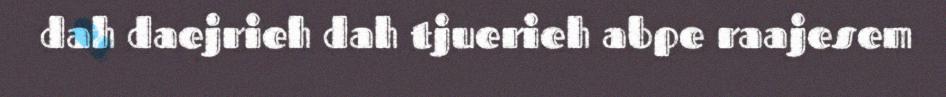
dah daejrieh dah tjuerieh abpe raajesem